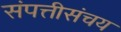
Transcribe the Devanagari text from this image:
संपत्तीसंचय